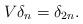
LaTeX: \begin{align*}V\delta_n=\delta_{2n}.\end{align*}